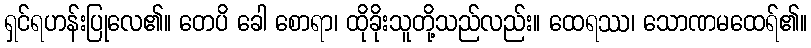
ရှင်ရဟန်းပြုလေ၏။ တေပိ ခေါ စောရာ၊ ထိုခိုးသူတို့သည်လည်း။ ထေရဿ၊ သောဏမထေရ်၏။